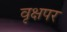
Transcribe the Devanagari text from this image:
वृक्षपर